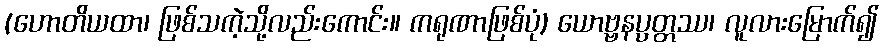
(ဟောတိယထာ၊ ဖြစ်သကဲ့သို့လည်းကောင်း။ ကရုဏာဖြစ်ပုံ) ယောဗ္ဗနပ္ပတ္တဿ၊ လူလားမြောက်၍